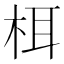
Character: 栮